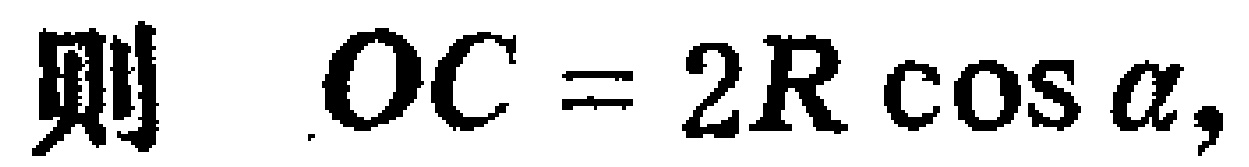
则 \(OC = 2R\cos\alpha,\)